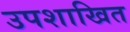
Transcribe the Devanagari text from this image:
उपशाखित